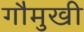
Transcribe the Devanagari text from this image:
गौमुखी